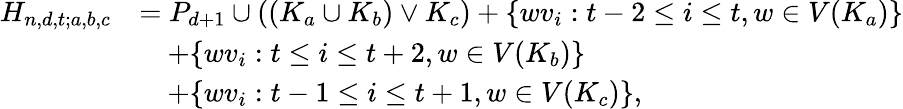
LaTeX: \begin{array}{rl}{H_{n,d,t;a,b,c}}&{=P_{d+1}\cup((K_{a}\cup K_{b})\vee K_{c})+\{ wv_{i}:t-2\le i\le t,w\in V(K_{a})\} }\\ &{\quad+\{ wv_{i}:t\le i\le t+2,w\in V(K_{b})\} }\\ &{\quad+\{ wv_{i}:t-1\le i\le t+1,w\in V(K_{c})\} ,}\end{array}